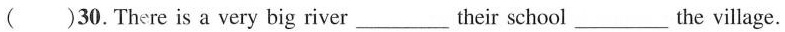
( )30.There is a very big river___their school___the village.